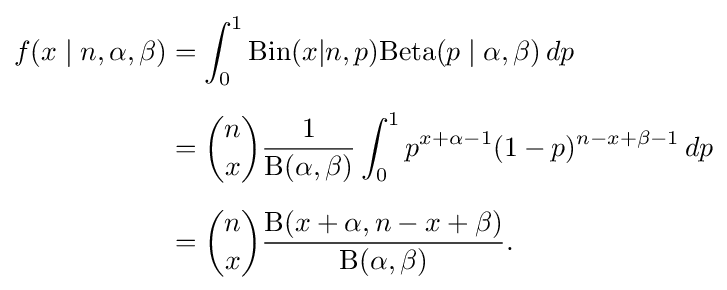
{\begin{aligned}f(x\mid n,\alpha ,\beta )&=\int _{0}^{1}\mathrm {Bin} (x|n,p)\mathrm {Beta} (p\mid \alpha ,\beta )\,dp\\[6pt]&={n \choose x}{\frac {1}{\mathrm {B} (\alpha ,\beta )}}\int _{0}^{1}p^{x+\alpha -1}(1-p)^{n-x+\beta -1}\,dp\\[6pt]&={n \choose x}{\frac {\mathrm {B} (x+\alpha ,n-x+\beta )}{\mathrm {B} (\alpha ,\beta )}}.\end{aligned}}